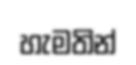
හැමතින්